system: You are a helpful assistant.
user:
Analyze the provided spectrum to determine if it is a **S-type Star**.

- **Key Indicators for S-type Star:**

    - **(Overall Spectrum Shape):** The first and most obvious characteristic is the overall continuum (the "baseline" shape). It is **extremely "red-sloping,"** meaning the flux (light intensity) is very low on the left side (blue, ~4000-4500 Å) and rises steeply and continuously toward the right side (red, ~7000 Å+).

    - **(Primary):** The spectrum is defined by the presence of strong, broad molecular absorption "valleys" (bands) from **Zirconium Oxide (ZrO)**. The identification of these bands is the **primary requirement** for classifying a star as S-type.
        - **(Key Bandheads):** You must find distinct, deep "dips" where the light has been absorbed. The most critical band systems to locate are:
            - **~6474 Å** ($\gamma$-system): This is often the strongest and clearest ZrO feature, found in the red part of the spectrum.
            - **~5718 Å** & **~5551 Å** ($\beta$-system): A pair of prominent absorption features in the yellow-orange part of the spectrum.
            - **~4640 Å** ($\alpha$-system): A key absorption band system in the blue-green region of the spectrum.

    - **(Secondary Confirmation):** The classification is strengthened by finding additional absorption bands from other related heavy element oxides, which are expected to be present alongside ZrO.
        - **(Key Bandheads):**
            - **Yttrium Oxide (YO):** Look for absorption dips near **~4800 Å** and **~6100 Å**.
            - **Lanthanum Oxide (LaO):** Additional absorption features, particularly in the red-orange part of the spectrum, are also characteristic.

    - **(Line Profile):** The combination of the steep red continuum and these numerous, deep molecular bands (ZrO, YO, etc.) gives the entire spectrum a very **"chopped-up"** or **"bumpy"** appearance. Instead of a smooth curve, the spectrum looks as though large, wide chunks of light have been "carved out" of it at the specific wavelengths listed above.

Think first, call **spectral_visualization_tool** if needed to examine features in detail, then provide your final answer. Your response must adhere to the following strict rules:
1.  **Overall Structure:** Your response must follow the format `<think>...</think> <tool_call>...</tool_call> (if a tool is used) <answer>...</answer>`.
2.  **Tool Usage Constraint:** You may only make **one** tool call per turn.
3.  **Final Answer Format:** In the `<answer>` tag, your conclusion must be inside a `\boxed{}` command (e.g., `\boxed{YES}` or `\boxed{NO}`), followed by your justification.

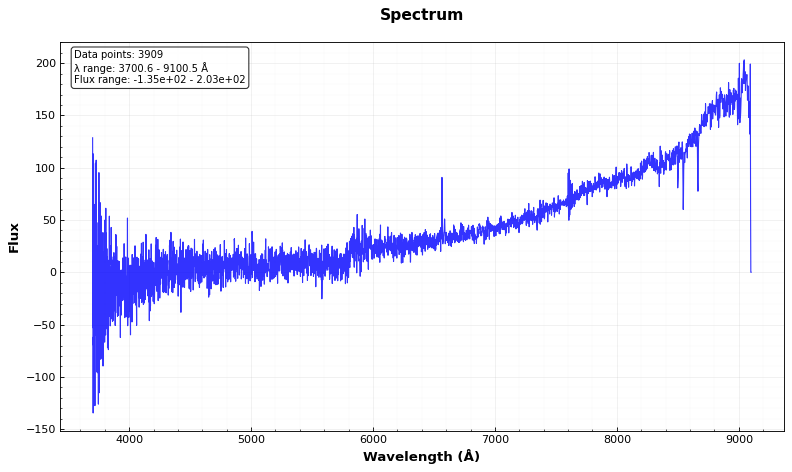
Answer: NO